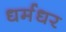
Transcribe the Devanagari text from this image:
धर्मधर